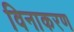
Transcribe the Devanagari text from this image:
विनाकरण